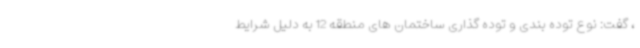
، گفت: نوع توده بندی و توده گذاری ساختمان های منطقه 12 به دلیل شرایط